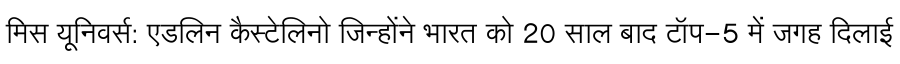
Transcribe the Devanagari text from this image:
मिस यूनिवर्स: एडलिन कैस्टेलिनो जिन्होंने भारत को 20 साल बाद टॉप-5 में जगह दिलाई